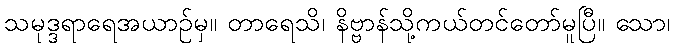
သမုဒ္ဒရာရေအယာဉ်မှ။ တာရေသိ၊ နိဗ္ဗာန်သို့ကယ်တင်တော်မူပြီ။ သော၊